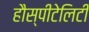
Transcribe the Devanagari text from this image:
हौस्पीटेलिटी